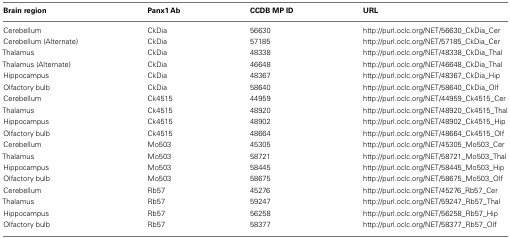
| Brain region | Panx1 Ab | CCDB MP ID | URL |
 | --- | --- | --- | --- |
 | Cerebellum | CkDia | 56630 | http://purl.oclc.org/NET/56630_CkDia_Cer |
 | Cerebellum (Alternate) | CkDia | 57185 | http://purl.oclc.org/NET/57185_CkDia_Cer |
 | Thalamus | CkDia | 48338 | http://purl.oclc.org/NET/48338_CkDia_Thal |
 | Thalamus (Alternate) | CkDia | 46648 | http://purl.oclc.org/NET/46648_CkDia_Thal |
 | Hippocampus | CkDia | 48367 | http://purl.oclc.org/NET/48367_CkDia_Hip |
 | Olfactory bulb | CkDia | 58640 | http://purl.oclc.org/NET/58640_CkDia_Olf |
 | Cerebellum | Ck4515 | 44959 | http://purl.oclc.org/NET/44959_Ck4515_Cer |
 | Thalamus | Ck4515 | 48920 | http://purl.oclc.org/NET/48920_Ck4515_Thal |
 | Hippocampus | Ck4515 | 48902 | http://purl.oclc.org/NET/48902_Ck4515_Hip |
 | Olfactory bulb | Ck4515 | 48664 | http://purl.oclc.org/NET/48664_Ck4515_Olf |
 | Cerebellum | Mo503 | 45305 | http://purl.oclc.org/NET/45305_Mo503_Cer |
 | Thalamus | Mo503 | 58721 | http://purl.oclc.org/NET/58721_Mo503_Thal |
 | Hippocampus | Mo503 | 58445 | http://purl.oclc.org/NET/58445_Mo503_Hip |
 | Olfactory bulb | Mo503 | 58675 | http://purl.oclc.org/NET/58675_Mo503_Olf |
 | Cerebellum | Rb57 | 45276 | http://purl.oclc.org/NET/45276_Rb57_Cer |
 | Thalamus | Rb57 | 59247 | http://purl.oclc.org/NET/59247_Rb57_Thal |
 | Hippocampus | Rb57 | 56258 | http://purl.oclc.org/NET/56258_Rb57_Hip |
 | Olfactory bulb | Rb57 | 58377 | http://purl.oclc.org/NET/58377_Rb57_Olf |